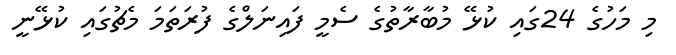
މި މަހުގެ 24ގައި ކުޅޭ މުބާރާތުގެ ސެމީ ފައިނަލްގެ ފުރަތަމަ މެޗުގައި ކުޅޭނީ